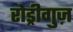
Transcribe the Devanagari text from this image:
रोड्रीगुज़